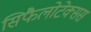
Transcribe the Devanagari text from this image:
सिफैलोटेक्सस